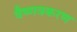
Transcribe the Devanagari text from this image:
वैष्णवकरण